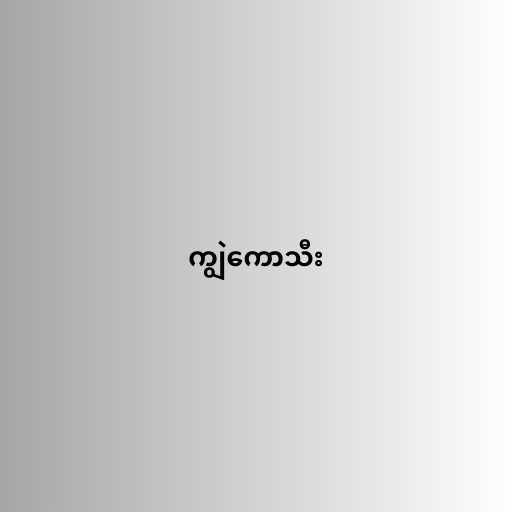
ကျွဲကောသီး